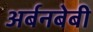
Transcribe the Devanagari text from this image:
अर्बनबेबी